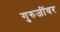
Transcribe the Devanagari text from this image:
गुरुजींवर